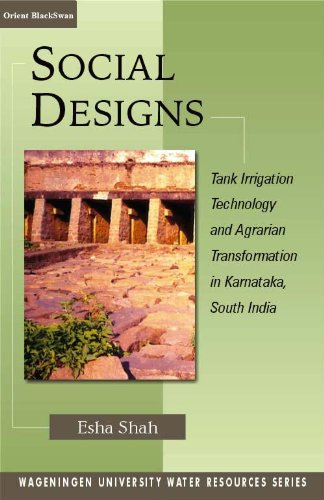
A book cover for Social Designs: Tank Irrigation Technology and Agrarian Transformation in Karnataka, South India; Esha Shah; Science & Math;